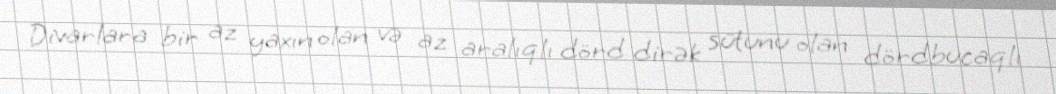
Divarlara bir az yaxın olan və az aralıqlı dörd dirək sütunu olan dördbucaqlı